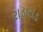
રાડારાડ